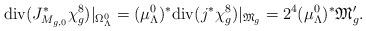
LaTeX: \begin{align*}{\rm div}(J_{M_{g,0}}^{*}\chi_{g}^{8})|_{\Omega_{\Lambda}^{0}}=({\mu}_{\Lambda}^{0})^{*}{\rm div}(j^{*}\chi_{g}^{8})|_{{\frak M}_{g}}=2^{4}({\mu}_{\Lambda}^{0})^{*}{\frak M}'_{g}.\end{align*}